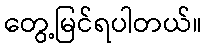
တွေ့မြင်ရပါတယ်။